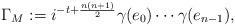
LaTeX: \begin{align*}\Gamma_M := i^{-t+\frac{n(n+1)}{2}} \gamma(e_0) \cdots \gamma(e_{n-1}) ,\end{align*}